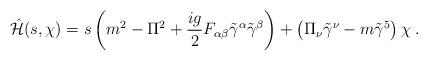
LaTeX: \begin{align*}\hat{{\cal H}}(s,\chi)=s \left(m^2 - \Pi^2 +\frac{ig}{2}F_{\alpha\beta} \tilde{ \gamma}^\alpha\tilde{\gamma}^\beta\right) + \left(\Pi_\nu\tilde{\gamma}^\nu - m \tilde{\gamma}^5 \right)\chi\; .\end{align*}